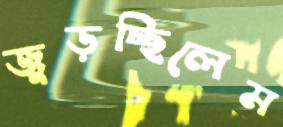
জুড়চ্ছিলেম